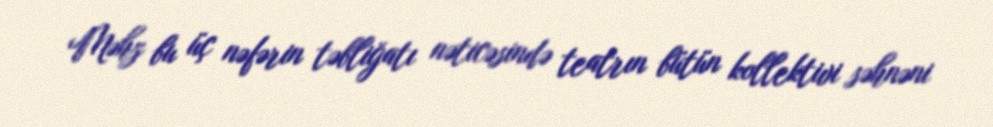
Məhz bu üç nəfərin təbliğatı nəticəsində teatrın bütün kollektivi səhnəni